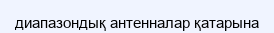
диапазондық антенналар қатарына